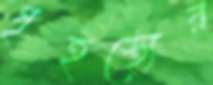
গৃহস্থ্যের